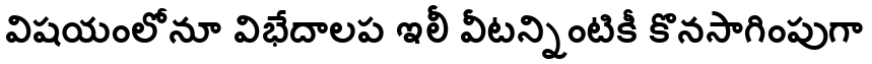
విషయంలోనూ విభేదాలప ఇలీ వీటన్నింటికీ కొనసాగింపుగా